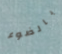
بالضوء